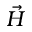
\vec { H }